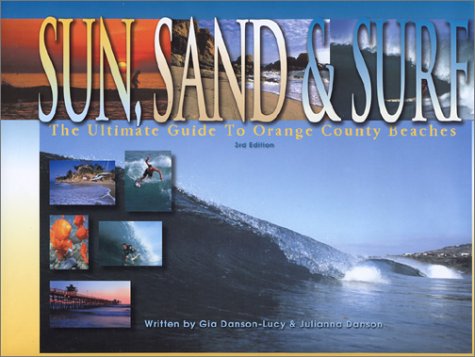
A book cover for Sun, Sand & Surf : The Ultimate Guide To Orange County Beaches; Julianna Danson; Travel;